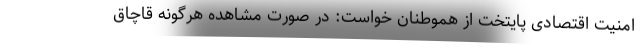
امنیت اقتصادی پایتخت از هموطنان خواست: در صورت مشاهده هرگونه قاچاق